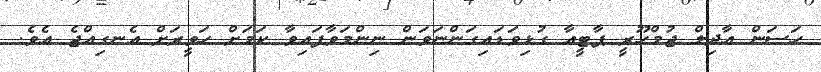
ހަސަން އާދިލް ޖުމްހޫރީ ޕާޓީއާ ގުޅިވަޑައިގަންނަވަން ނިންމަވާފައިވާ ކަމަށް ހަވީރަށް އެނގިއްޖެ އެވެ.